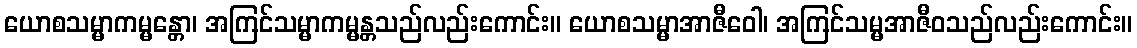
ယောစသမ္မာကမ္မန္တော၊ အကြင်သမ္မာကမ္မန္တသည်လည်းကောင်း။ ယောစသမ္မာအာဇီဝေါ၊ အကြင်သမ္မအာဇီဝသည်လည်းကောင်း။